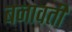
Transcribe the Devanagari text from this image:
बनावती